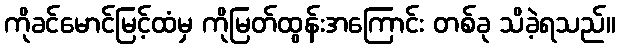
ကိုခင်မောင်မြင့်ထံမှ ကိုမြတ်ထွန်းအကြောင်း တစ်ခု သိခဲ့ရသည်။